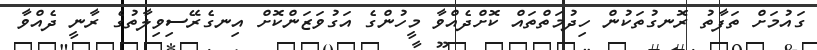
ގައުމަށް ތަފާތު ރޮނގުތަކުން ހިދުމަތްތައް ކޮށްދެއްވާ މީހުންގެ އަގުވަޒަންކޮށް އިނގެރޭސިވިލާތުގެ ރާނީ ދެއްވާ